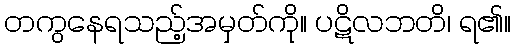
တကွနေရသည့်အမှတ်ကို။ ပဋိလဘတိ၊ ရ၏။